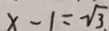
x - 1 = \sqrt { 3 }